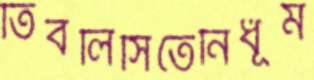
তিবলিসিতেনির্ধূম